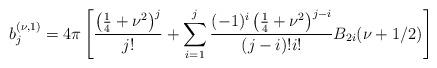
LaTeX: \begin{align*}b_{j}^{\left( \nu ,1\right) }=4\pi\left[\frac{\left( \frac{1}{4}+\nu ^{2}\right) ^{j}}{j !}+\sum\limits_{i=1}^{j}\frac{(-1)^i\left( \frac{1}{4}+\nu ^{2}\right) ^{j-i}}{\left( j-i\right) !i!} B_{2i}(\nu+1/2)\right]\end{align*}